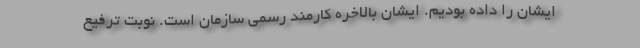
ایشان را داده بودیم. ایشان بالاخره کارمند رسمی سازمان است. نوبت ترفیع